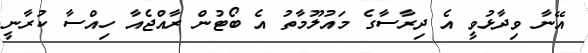
އޭނާ ވިދާޅުވީ އެ ދިރާސާގެ މައުލޫމާތު އެ ބޯޓުން ރާއްޖެއާ ހިއްސާ ކުރާނީ